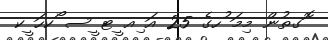
ޮގތުން މިމަ ުހގެ 25 އަ ިއ ީޓ ީސ ޯކހަ ީކ